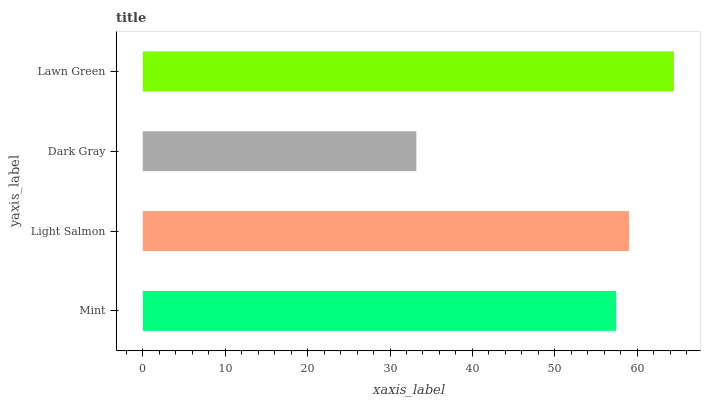
| yaxis_label | bars |
 | --- | --- |
 | Mint | 57.5 |
 | Light Salmon | 59 |
 | Dark Gray | 33.2 |
 | Lawn Green | 64.4 |